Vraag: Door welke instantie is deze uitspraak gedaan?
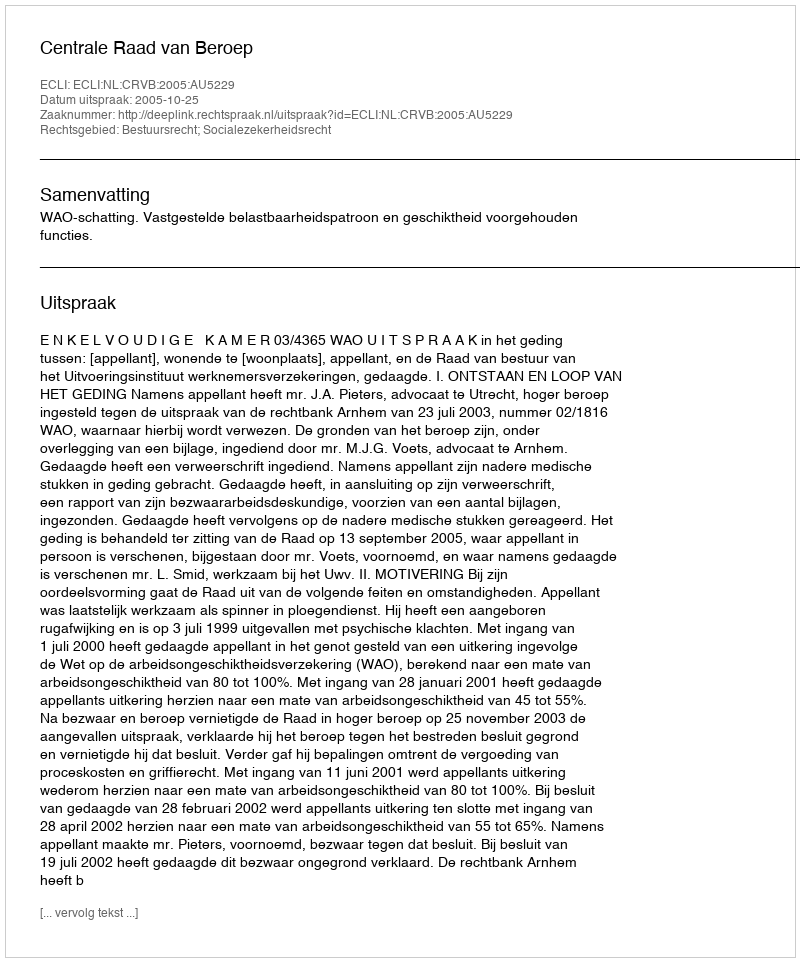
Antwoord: Centrale Raad van Beroep